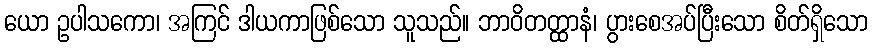
ယော ဥပါသကော၊ အကြင် ဒါယကာဖြစ်သော သူသည်။ ဘာဝိတတ္ထာနံ၊ ပွားစေအပ်ပြီးသော စိတ်ရှိသော